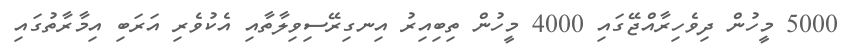
5000 މީހުން ދިވެހިރާއްޖޭގައި 4000 މީހުން ތިބިއިރު އިނގިރޭސިވިލާތާއި އެކުވެރި އަރަބި އިމާރާތުގައި